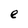
Character: e